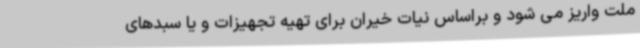
ملت واریز می شود و براساس نیات خیران برای تهیه تجهیزات و یا سبدهای